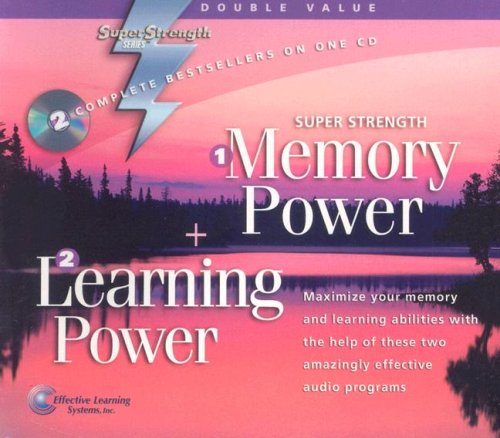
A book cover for Memory Power + Learning Power (Super Strength); Effective Learning Systems Inc; Self-Help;